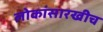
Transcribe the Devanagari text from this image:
लोकांसारखीच